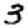
Digit: 3